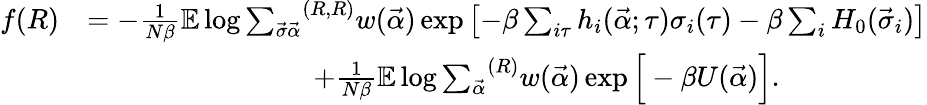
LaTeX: \begin{array}{rl}{f(R)}&{=-\frac{1}{N\beta}\mathbb{E}\log{{\sum_{\vec{\sigma}\vec{\alpha}}}^{(R,R)}w(\vec{\alpha})\exp{\left[-\beta\sum_{i\tau}h_{i}(\vec{\alpha};\tau)\sigma_{i}(\tau)-\beta\sum_{i}H_{0}(\vec{\sigma}_{i})\right]}}}\\ &{\qquad\qquad\qquad\qquad+\frac{1}{N\beta}\mathbb{E}\log{{\sum_{\vec{\alpha}}}^{(R)}w(\vec{\alpha})\exp{\Big[-\beta U(\vec{\alpha})\Big]}}.}\end{array}